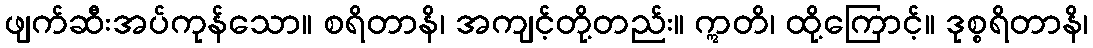
ဖျက်ဆီးအပ်ကုန်သော။ စရိတာနိ၊ အကျင့်တို့တည်း။ ဣတိ၊ ထို့ကြောင့်။ ဒုစ္စရိတာနိ၊